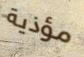
مؤذية